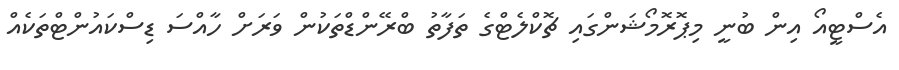
އެސްޓީއޯ އިން ބުނީ މިޕޮރޮމޯޝަންގައި ޗޮކްލެޓްގެ ތަފާތު ބްރޭންޑްތަކުން ވަރަށް ހާއްސަ ޑިސްކައުންޓްތަކެއް